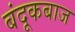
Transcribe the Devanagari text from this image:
बंदूकबाज